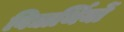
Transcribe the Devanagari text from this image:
विद्यार्थियों